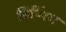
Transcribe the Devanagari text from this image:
डिप्पिंग